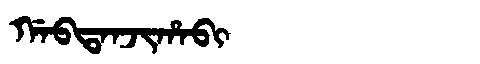
Manchu: ᡤᠠᠪᡨᠠᠨᠵᡳᡥᠠᠪᡳ
Romanization: GABTANJIHABI